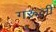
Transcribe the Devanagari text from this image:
गरूली